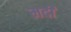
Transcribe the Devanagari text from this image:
मदी